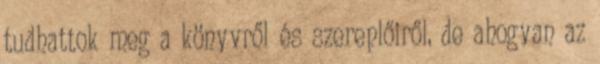
tudhattok meg a könyvről és szereplőiről, de ahogyan az